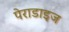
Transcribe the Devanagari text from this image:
पेराडाइज